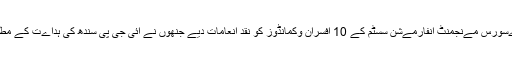
کمانڈنٹ نے آئی جی پی سندھ کے اعلان کے مطابق اےس اےس ےو کے محکمہ ئ ہےومن رےسورس مےنجمنٹ انفارمےشن سسٹم کے 10 افسران وکمانڈوز کو نقد انعامات دیے جنھوں نے آئی جی پی سندھ کی ہداےت کے مطابق مختصر وقت مےں اےس اےس ےو کے تمام ملازمےن کی تفصےلات کمپےوٹرائزڈکےں۔